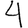
Digit: 4